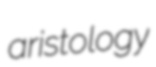
aristology